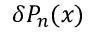
\delta P _ { n } ( x )